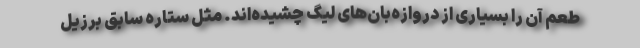
طعم آن را بسیاری از دروازه‌بان‌های لیگ چشیده‌اند. مثل ستاره سابق برزیل